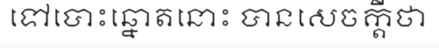
ទៅបោះឆ្នោតនោះ បានសេចក្តីថា